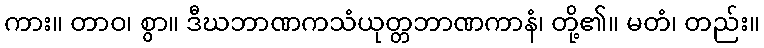
ကား။ တာဝ၊ စွာ။ ဒီဃဘာဏကသံယုတ္တဘာဏကာနံ၊ တို့၏။ မတံ၊ တည်း။